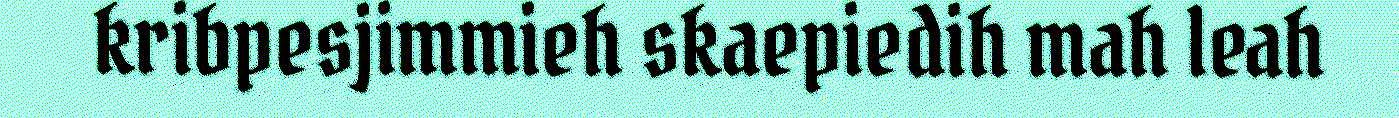
kribpesjimmieh skaepiedih mah leah